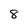
Character: 8